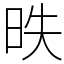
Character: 昳